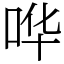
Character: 哗